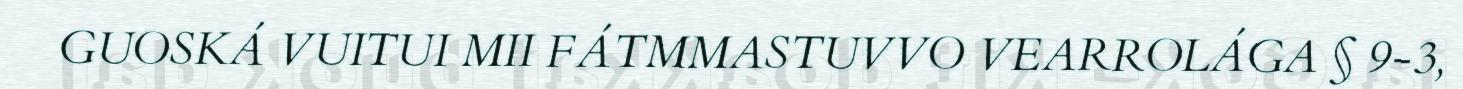
GUOSKÁ VUITUI MII FÁTMMASTUVVO VEARROLÁGA § 9-3,